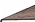
وحيدين